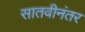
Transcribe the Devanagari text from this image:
सातवीनंतर